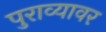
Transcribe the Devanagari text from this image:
पुराव्यावर